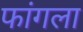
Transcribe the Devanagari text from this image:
फांगला